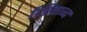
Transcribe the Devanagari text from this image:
ख्रिष्टाब्द